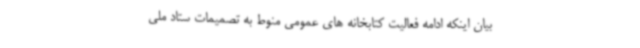
بیان اینکه ادامه فعالیت کتابخانه های عمومی منوط به تصمیمات ستاد ملی